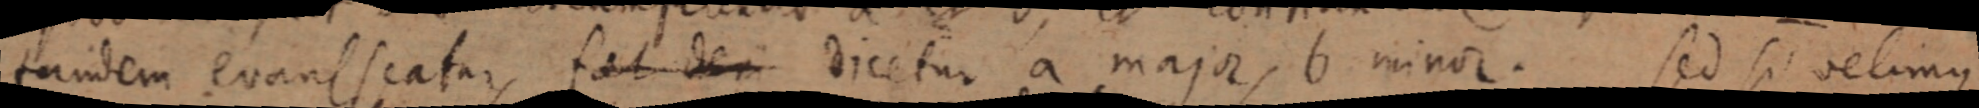
tandem evansseatur fat de_ dicetur a major, b minor. sed si velimus